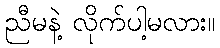
ညီမနဲ့ လိုက်ပါ့မလား။